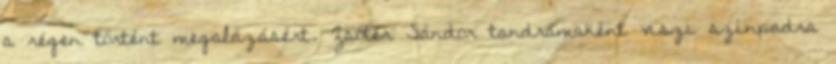
a régen történt megalázásért. Zsótér Sándor tandrámaként viszi színpadra